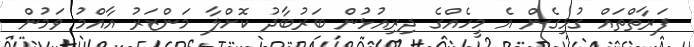
ފަރާތްތައް ގުޅިގެން އެ މީހެއްގެ ދިރިއުޅުން ބަރުބާދު ކޮށްލާ މަންޒަރު އާއްމު ވަމުން